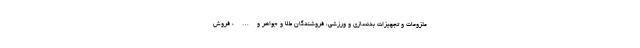
ملزومات و تجهیزات بدنسازی و ورزشی، فروشندگان طلا و جواهر و…، فروش